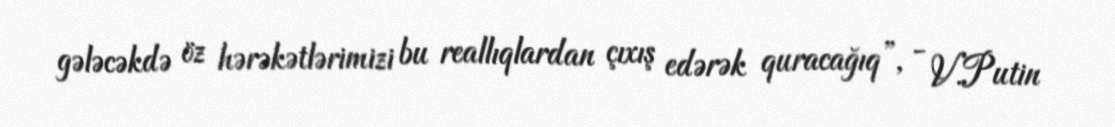
gələcəkdə öz hərəkətlərimizi bu reallıqlardan çıxış edərək quracağıq”, - V.Putin